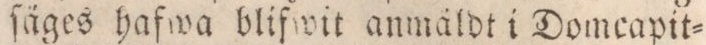
ſäges hafwa blifwit anmäldt i Domcapit=